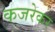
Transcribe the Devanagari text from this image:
कजरेकर